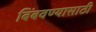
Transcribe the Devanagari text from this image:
बिंबवण्यासाठी